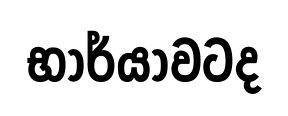
භාර්යාවටද